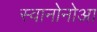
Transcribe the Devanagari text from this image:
स्वानोनोआ